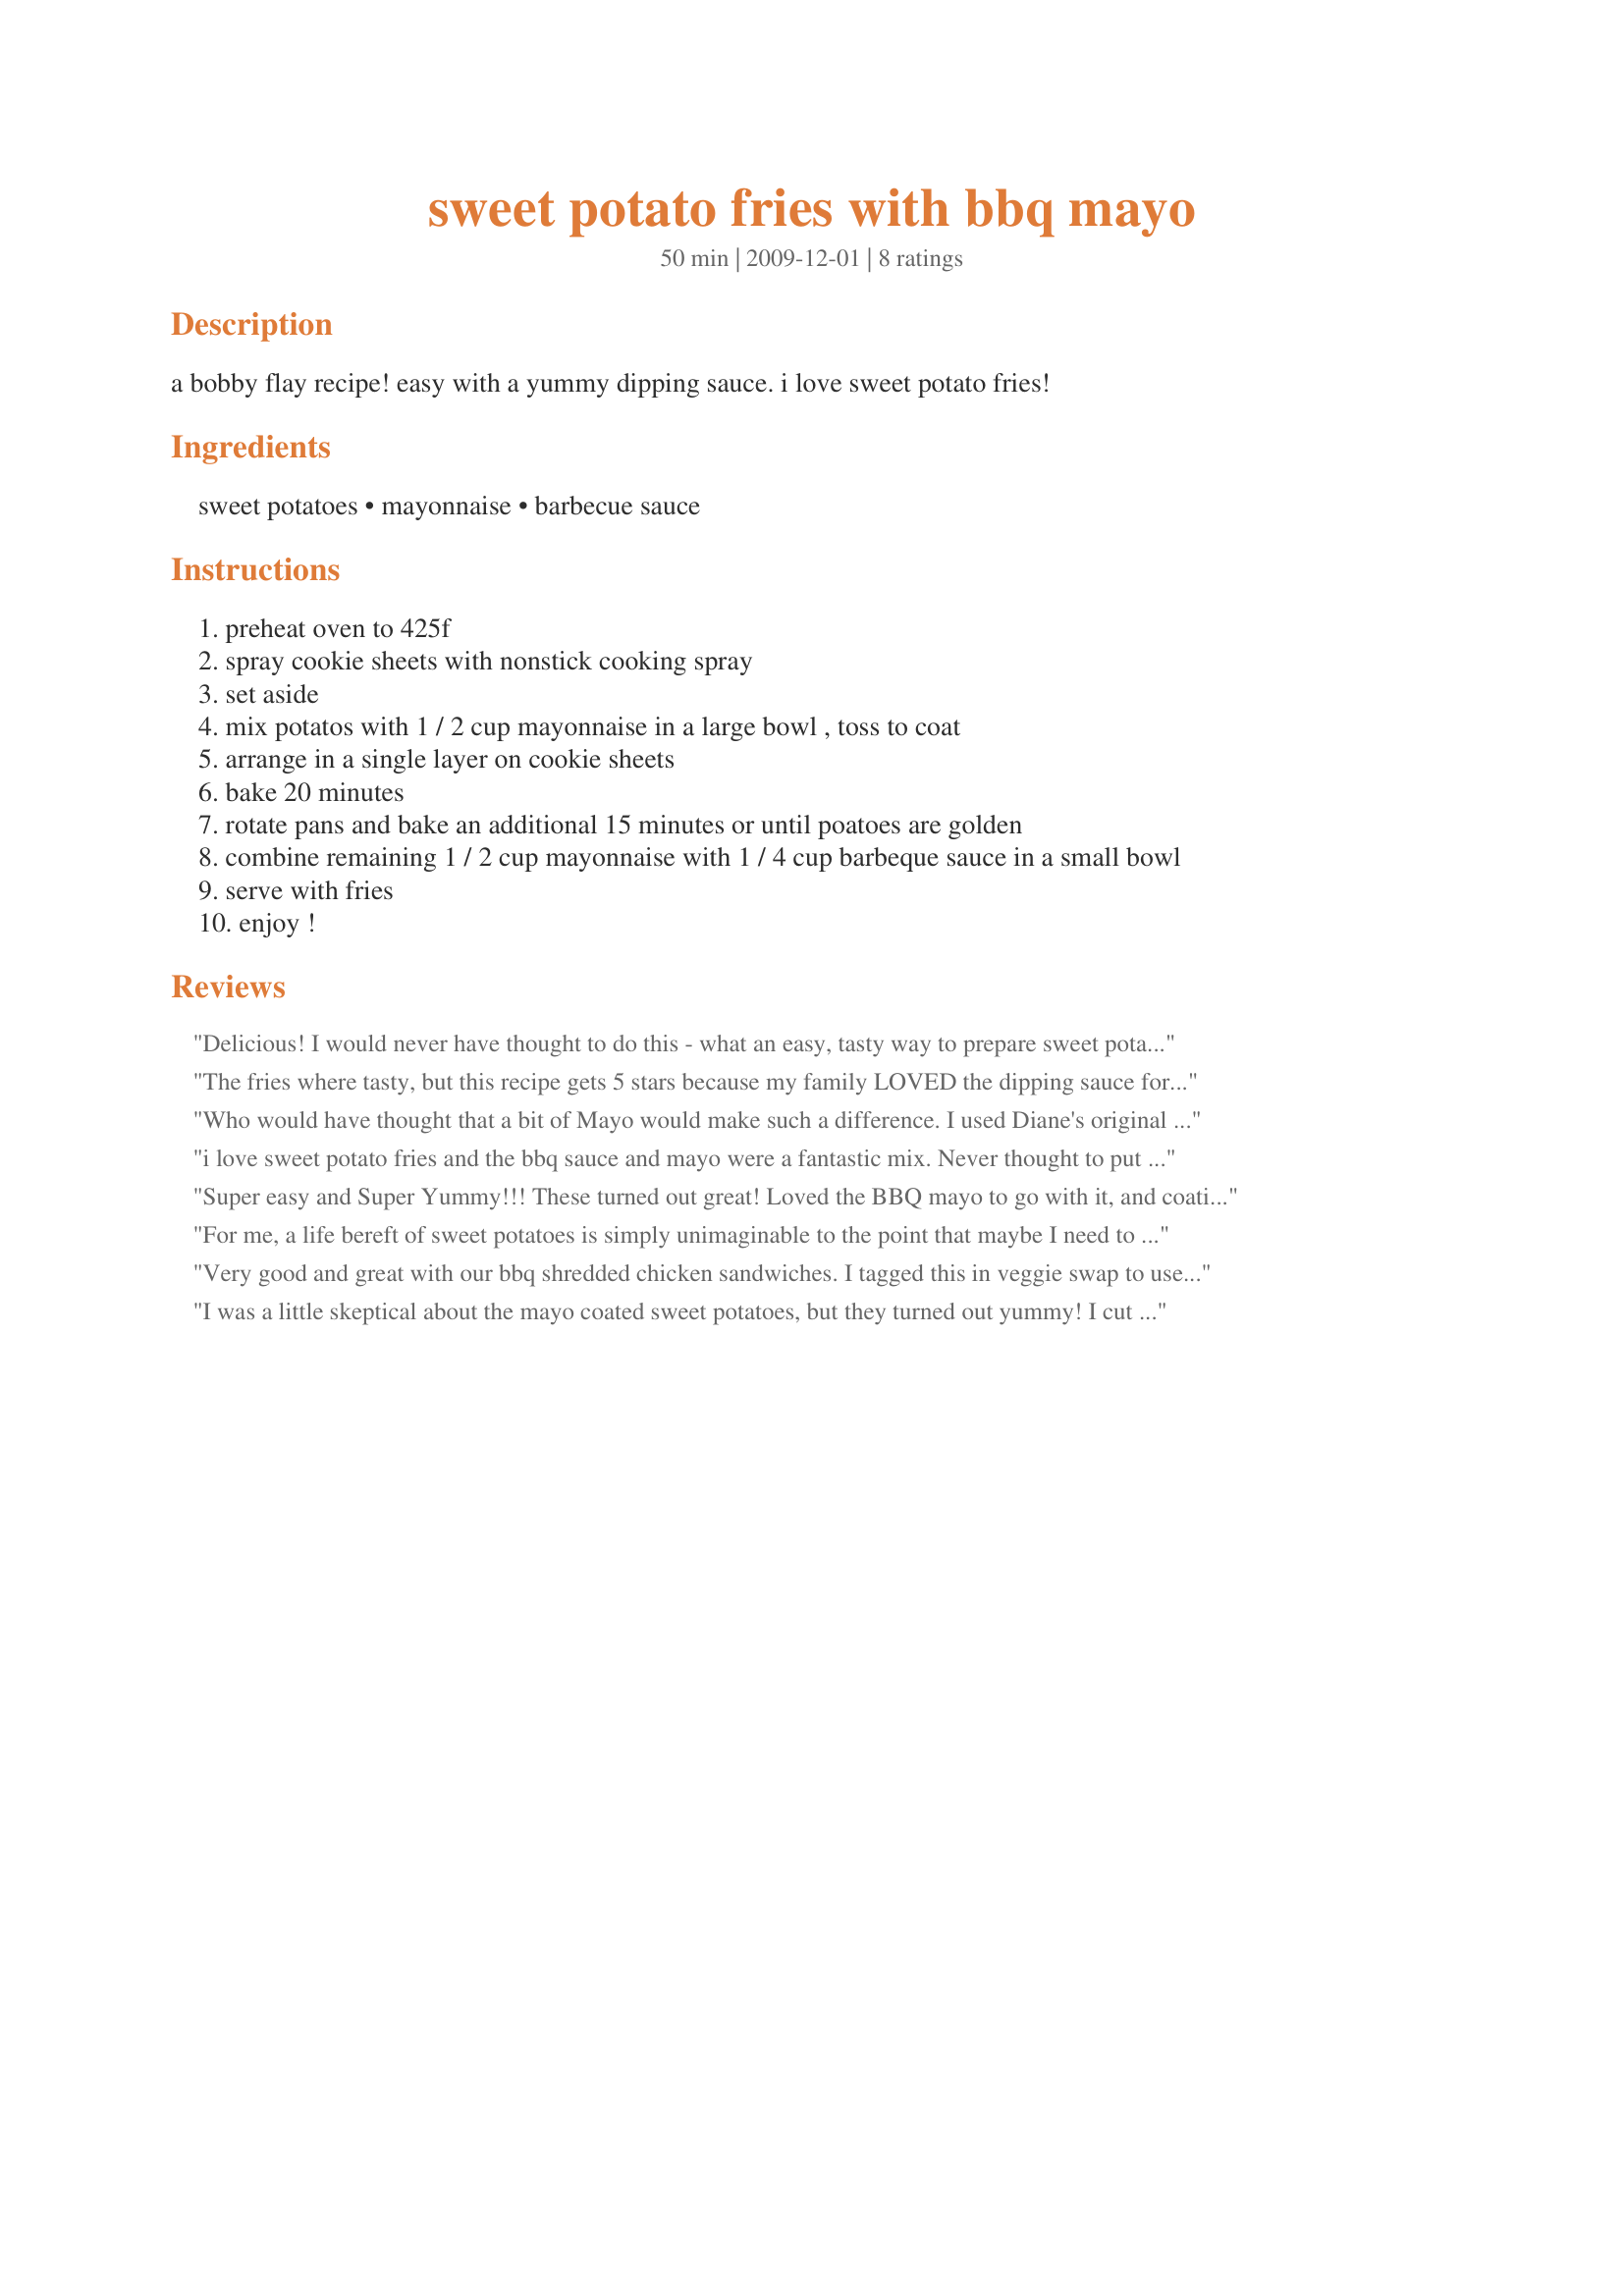
sweet potato fries with bbq mayo
Preparation time: 50 minutes

a bobby flay recipe! easy with a yummy dipping sauce. i love sweet potato fries!

Ingredients:
sweet potatoes, mayonnaise, barbecue sauce

Steps:
preheat oven to 425f
spray cookie sheets with nonstick cooking spray
set aside
mix potatos with 1 / 2 cup mayonnaise in a large bowl , toss to coat
arrange in a single layer on cookie sheets
bake 20 minutes
rotate pans and bake an additional 15 minutes or until poatoes are golden
combine remaining 1 / 2 cup mayonnaise with 1 / 4 cup barbeque sauce in a small bowl
serve with fries
enjoy !

Reviews:
Delicious! I would never have thought to do this - what an easy, tasty way to prepare sweet potato fries! Thanks for sharing!
The fries where tasty, but this recipe gets 5 stars because my family LOVED the dipping sauce for the fries. They have decided it should be a permanent condiment in our house! Thanks for the super simple and flavorful recipe!
Who would have thought that a bit of Mayo would make such a difference. I used Diane's original BBQ sauce and Hellman's lite mayo. The sauce was perfect with the oven fries - A will do again thanks Sharon.
i love sweet potato fries and the bbq sauce and mayo were a fantastic mix. Never thought to put them together :) They fries and the sauce were great so yummy. Made for RECIPE SWAP #39 - April 2010 in the Aust/NZ forum :)
Super easy and Super Yummy!!! These turned out great! Loved the BBQ mayo to go with it, and coating them with mayo before baking worked out great! I have made regular oven fries before that called for coating in a small amount of oil and they were mushy. These were perfect!!! Will make again!
For me, a life bereft of sweet potatoes is simply unimaginable to the point that maybe I need to reinstitute the concept of shame. Added to my growing stash of sweet potato recipes. Made for Everyday Is A Holiday.
Very good and great with our bbq shredded chicken sandwiches. I tagged this in veggie swap to use up the one huge sweet potato (not sure if it was 2 pounds but must have been close!) -- used only 1/3 cup mayo (light mayo with no problems) -- enjoyed by all! Thanks for sharing!
I was a little skeptical about the mayo coated sweet potatoes, but they turned out yummy! I cut my potatoes thin, so didn't need to cook as long as called for in the recipe....I just watched for them to start to brown. The mayo/bbq sauce turned out very smooth and was delicious with the sweet potato fries. I do think I will reduce the amount of mayo that I coat my fries with next time, as mine turned out a little greasy, but otherwise, perfection! Thanks for sharing!
